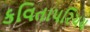
કવિતાપરિચય